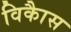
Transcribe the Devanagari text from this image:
विकाैस